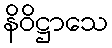
နိဝိဋ္ဌာသေ